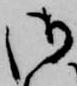
御